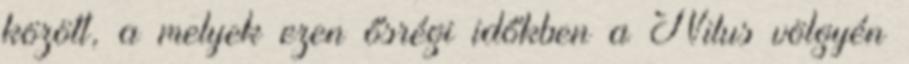
között, a melyek ezen ősrégi időkben a Nilus völgyén